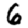
Digit: 6